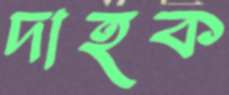
দাহক